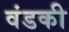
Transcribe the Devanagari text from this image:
वंडकी